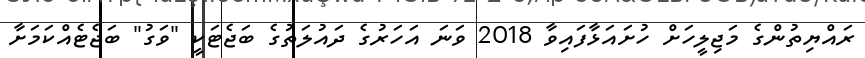
ރައްޔިތުންގެ މަޖިލީހަށް ހުށައަޅާފައިވާ 2018 ވަނަ އަހަރުގެ ދައުލަތުގެ ބަޖެޓަކީ "ވަގު" ބަޖެޓެއްކަމަށާ